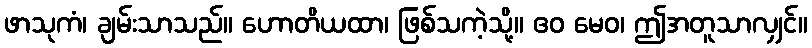
ဖာသုကံ၊ ချမ်းသာသည်။ ဟောတိယထာ၊ ဖြစ်သကဲ့သို့။ ဧဝ မေဝ၊ ဤအတူသာလျှင်။